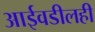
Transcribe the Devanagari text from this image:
आईवडीलही